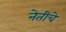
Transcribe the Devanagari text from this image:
नेतीचे